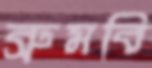
ব্রুমবি